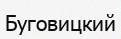
Буговицкий